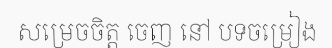
សម្រេចចិត្ត ចេញ នៅ បទចម្រៀង